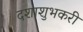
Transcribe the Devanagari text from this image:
दशाशुभकरी